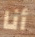
أنا